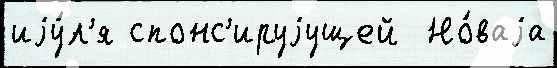
иjу́л'я спонс'ируjущей  Но́ваjа